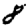
Digit: 8